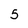
Character: 5